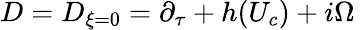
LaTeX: D=D_{\xi=0}=\partial_{\tau}+h(U_{c})+i\Omega\,